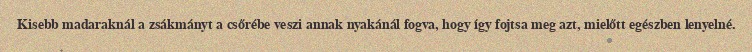
Kisebb madaraknál a zsákmányt a csőrébe veszi annak nyakánál fogva, hogy így fojtsa meg azt, mielőtt egészben lenyelné.